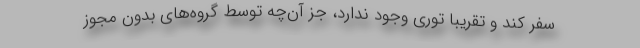
سفر کند و تقریبا توری وجود ندارد، جز آن‌چه توسط گروه‌های بدون مجوز